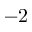
- 2